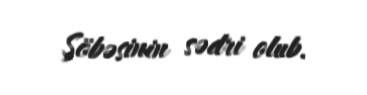
Şöbəsinin sədri olub.